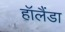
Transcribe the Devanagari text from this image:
हॉलैंडा